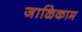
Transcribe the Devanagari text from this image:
जाळिकाम